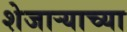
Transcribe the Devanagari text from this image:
शेजाऱ्याच्या